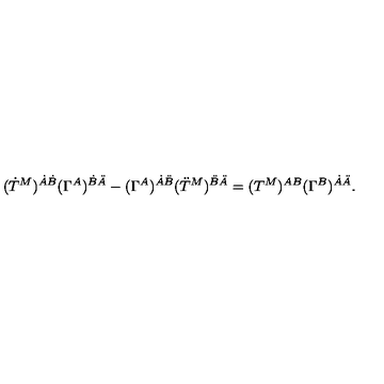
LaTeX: ( \dot { T } ^ { M } ) ^ { \dot { A } \dot { B } } ( \Gamma ^ { A } ) ^ { \dot { B } \ddot { A } } - ( \Gamma ^ { A } ) ^ { \dot { A } \ddot { B } } ( \ddot { T } ^ { M } ) ^ { \ddot { B } \ddot { A } } = ( T ^ { M } ) ^ { A B } ( \Gamma ^ { B } ) ^ { \dot { A } \ddot { A } } .